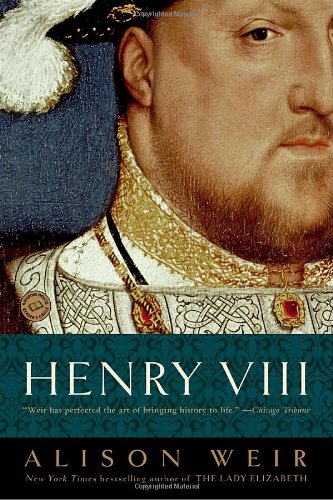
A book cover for Henry VIII: The King and His Court; Alison Weir; Biographies & Memoirs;